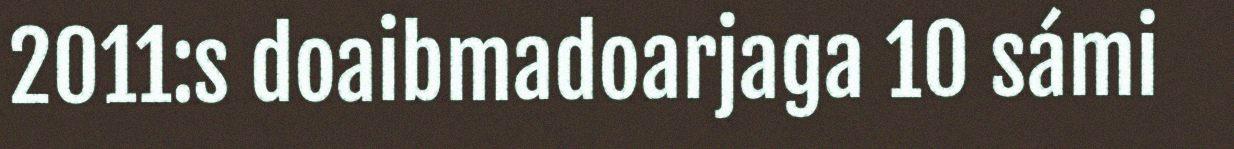
2011:s doaibmadoarjaga 10 sámi